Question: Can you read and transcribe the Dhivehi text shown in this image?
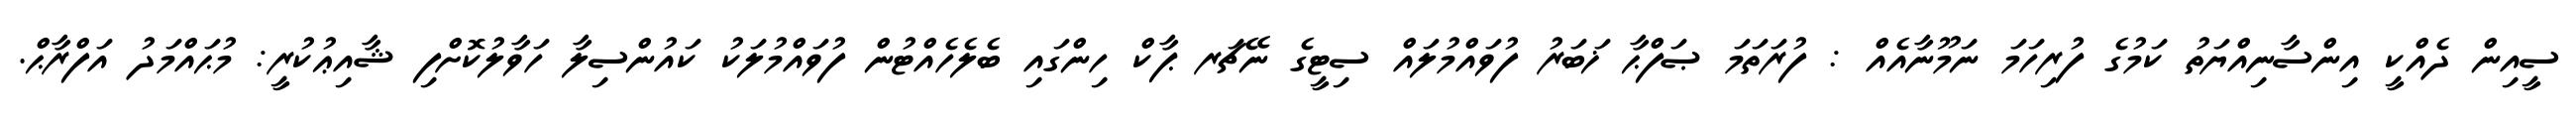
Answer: ސީއިން ދެއްކީ އިންސާނިއްޔަތު ކަމުގެ ފުރިހަމަ ނަމޫނާއެއް : ފުރަތަމަ ޞަފްޙާ ޚަބަރު ފުވައްމުލައް ސިޓީގެ ނޭޗަރ ޕާކް ހިންގައި ބެލެހެއްޓުން ފުވައްމުލަކު ކައުންސިލާ ހަވާލުކޮށްފި ޝާއިޢުކުރީ: މުޙައްމަދު އަފްރާޙް.